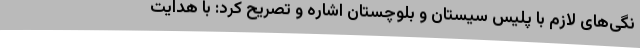
نگی‌های لازم با پلیس سیستان و بلوچستان اشاره و تصریح کرد: با هدایت